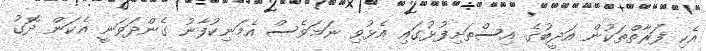
އެކި ފަރާތްތަކުން އަދީބުގެ އިސްތަށިފުޅުގައި އެޅުވި ނަމަވެސް އެމަނިކުފާނު ގެންދަވަނީ އެކަން ދޮގު